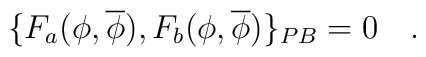
\{F_a(\phi,\overline{\phi}),F_b(\phi,\overline{\phi})\}_{PB}=0\quad.